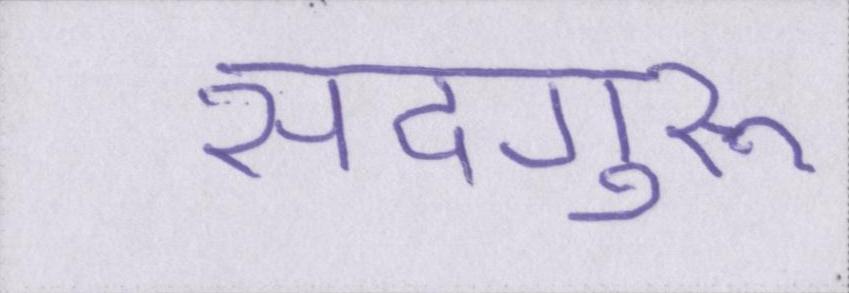
सदगुरू